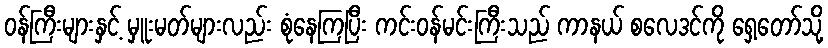
ဝန်ကြီးများနှင့် မှူးမတ်များလည်း စုံနေကြပြီး ကင်းဝန်မင်းကြီးသည် ကာနယ် စလေဒင်ကို ရှေ့တော်သို့